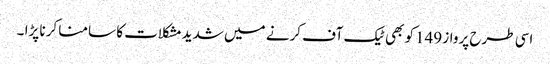
اسی طرح پرواز 149کو بھی ٹیک آف کرنے میں شدیدمشکلات کا سامنا کرنا پڑا ۔